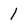
Character: l